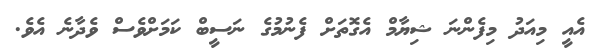
އެއީ މިއަދު މިފެންނަ ޝިޔާމް އެގޮތަށް ފެނުމުގެ ނަސީބް ކަމަށްވެސް ވެދާނެ އެވެ.